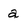
Character: a